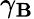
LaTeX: \gamma_{\mathbf{B}}